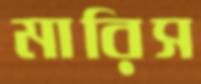
মারিস